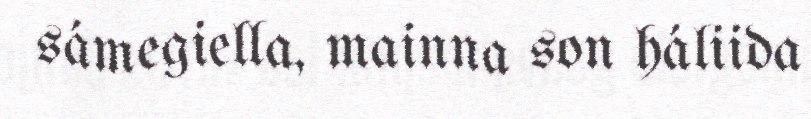
sámegiella, mainna son háliida